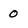
Character: 0